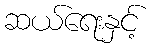
ဆယ်ရေးနှင့်